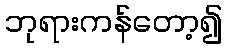
ဘုရားကန်တော့၍